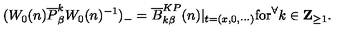
( W _ { 0 } ( n ) \overline { { P } } _ { \beta } ^ { k } W _ { 0 } ( n ) ^ { - 1 } ) _ { - } { } = \overline { { B } } _ { k \beta } ^ { K P } ( n ) | _ { t = ( x , 0 , \cdots ) } \mathrm { f o r } ^ { \forall } k \in \mathrm { \bf { Z } } _ { \geq 1 } .